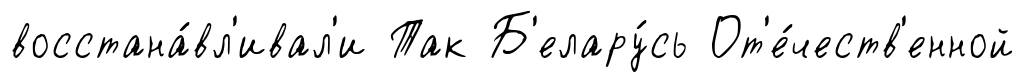
восстана́вл'ивал'и Так Б'елару́сь От'е́честв'енной